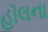
હૉલના